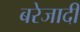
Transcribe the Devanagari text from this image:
बरेजादी